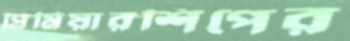
প্রিমিয়ারশিপের